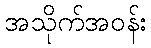
အသိုက်အဝန်း